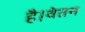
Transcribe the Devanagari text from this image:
है।वेतन